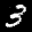
Label: 3